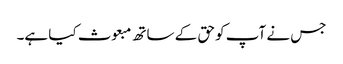
جس نے آپ کو حق کے ساتھ مبعوث کیا ہے۔